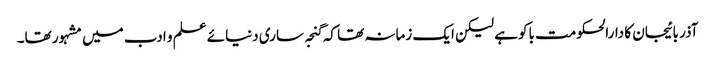
آذر بائیجان کا دارالحکومت باکو ہے لیکن ایک زمانہ تھا کہ گنجہ ساری دنیائے علم و ادب میں مشہور تھا۔